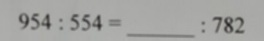
9 5 4 : 5 5 4 = : 7 8 2